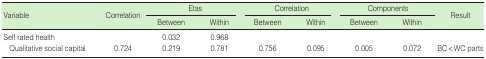
| <ROWSPAN=2> Variable | <ROWSPAN=2> Correlation | <COLSPAN=2> Etas | <COLSPAN=2> Correlation | <COLSPAN=2> Components | <ROWSPAN=2> Result |
 | Between | Within | Between | Within | Between | Within |
 | --- | --- | --- | --- | --- | --- | --- | --- | --- |
 | Self rated health |  | 0.032 | 0.968 |  |  |  |  |  |
 | Qualitative social capital | 0.724 | 0.219 | 0.781 | 0.756 | 0.095 | 0.005 | 0.072 | BC< WC parts |